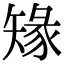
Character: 䂕